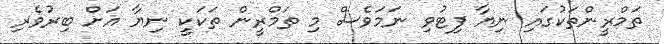
ތަމްރީންތަކުގައި ނިޔާ ފިޓުވި ނަމަވެސް މި ތަމްރީން ތަކަކީ ނިޔާ އަށް ބިރުވެރި